画像に写った文字を読んでください
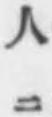
「人ニ」と書いてあります